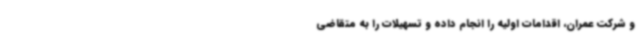
و شرکت عمران، اقدامات اولیه را انجام داده و تسهیلات را به متقاضی